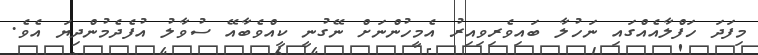
މިފަދަ ހަފްލާއެއްގައި ނަހުލާ ބައިވެރިވިއިރު އެމީހުންނަށް ނޭގުނީ ކީއްވެބާއޭ ސުވާލު އުފެދެމުންދިޔަ އެވެ.